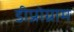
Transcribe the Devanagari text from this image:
डीप्रोग्राम